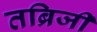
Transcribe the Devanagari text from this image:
तब्रिजी